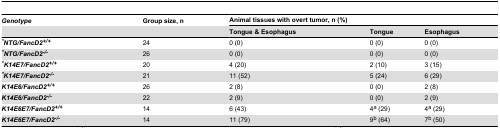
| Genotype | Group size, n | <COLSPAN=3> Animal tissues with overt tumor, n (%) |
 |  |  | Tongue & Esophagus | Tongue | Esophagus |
 | --- | --- | --- | --- | --- |
 | *NTG/FancD2+/+ | 24 | 0 (0) | 0 (0) | 0 (0) |
 | *NTG/FancD2-/- | 26 | 0 (0) | 0 (0) | 0 (0) |
 | *K14E7/FancD2+/+ | 20 | 4 (20) | 2 (10) | 3 (15) |
 | *K14E7/FancD2-/- | 21 | 11 (52) | 5 (24) | 6 (29) |
 | K14E6/FancD2+/+ | 26 | 2 (8) | 0 (0) | 2 (8) |
 | K14E6/FancD2-/- | 22 | 2 (9) | 0 (0) | 2 (9) |
 | K14E6E7/FancD2+/+ | 14 | 6 (43) | 4a (29) | 4a (29) |
 | K14E6E7/FancD2-/- | 14 | 11 (79) | 9b (64) | 7b (50) |